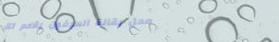
محل بقالة السيفون يقدم لك